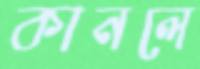
কানলে